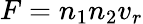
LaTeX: F=n_{1}n_{2}v_{r}